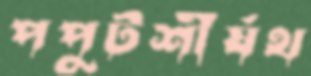
পপুটশীর্ষথ